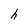
Character: h